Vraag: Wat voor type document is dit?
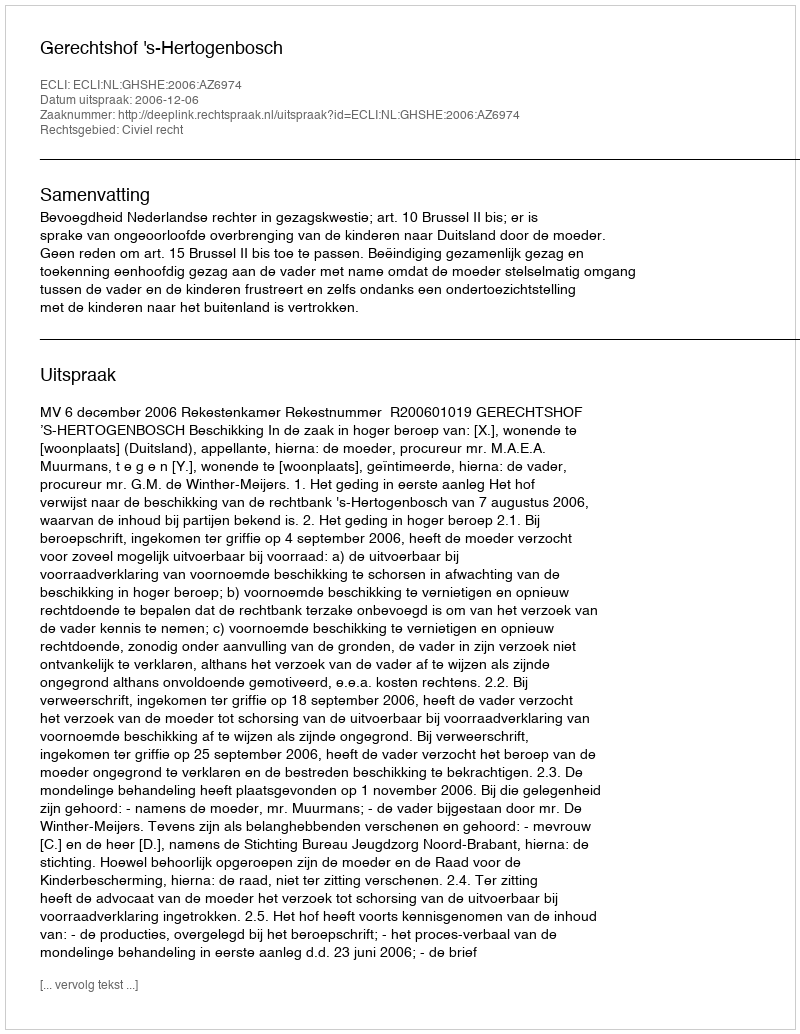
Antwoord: Uitspraak